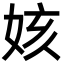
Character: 姟